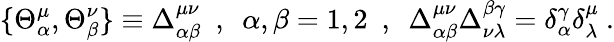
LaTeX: \{ \Theta_{\alpha}^{\mu},\Theta_{\beta}^{\nu}\} \equiv\Delta_{\alpha\beta}^{\mu\nu}~~,~~\alpha,\beta=1,2~~,~~\Delta_{\alpha\beta}^{\mu\nu}\Delta_{\nu\lambda}^{\beta\gamma}=\delta_{\alpha}^{\gamma}\delta_{\lambda}^{\mu}~.